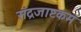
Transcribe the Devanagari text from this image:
संद्रजाष्टकम